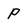
Character: P